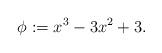
LaTeX: \begin{align*} \phi := x^3-3x^2+3. \end{align*}